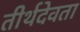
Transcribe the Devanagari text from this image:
तीर्थदेवता